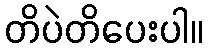
တိပဲတိပေးပါ။